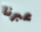
عبرنا